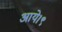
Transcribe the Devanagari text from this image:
आये।९